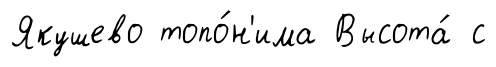
Якушево топо́н'има Высота́ с